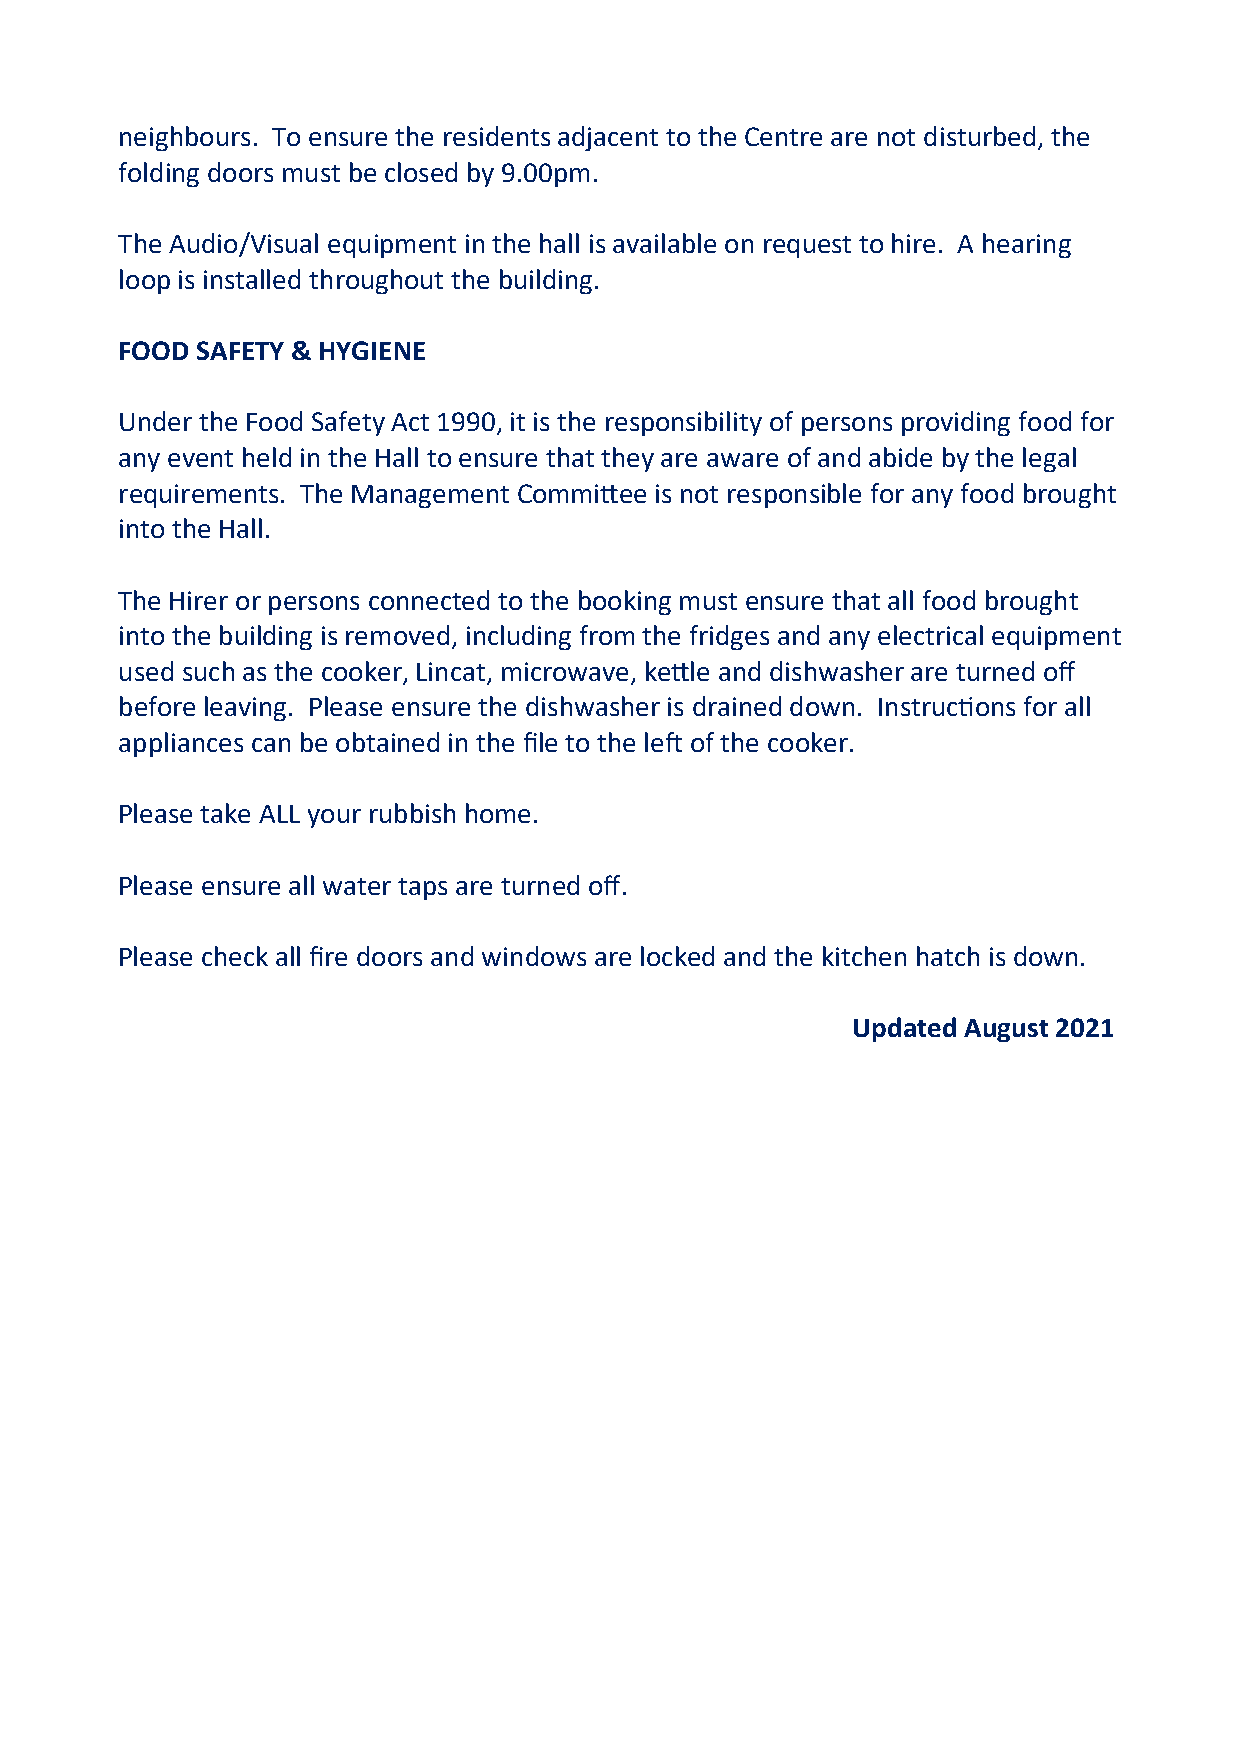
neighbours. To ensure the residents adjacent to the Centre are not disturbed, the
 folding doors must be closed by 9.00pm.
 The Audio/Visual equipment in the hall is available on request to hire. A hearing
 loop is installed throughout the building.
 FOOD SAFETY & HYGIENE
 Under the Food Safety Act 1990, it is the responsibility of persons providing food for
 any event held in the Hall to ensure that they are aware of and abide by the legal
 requirements. The Management Committee is not responsible for any food brought
 into the Hall.
 The Hirer or persons connected to the booking must ensure that all food brought
 into the building is removed, including from the fridges and any electrical equipment
 used such as the cooker, Lincat, microwave, kettle and dishwasher are turned off
 before leaving. Please ensure the dishwasher is drained down. Instructions for all
 appliances can be obtained in the file to the left of the cooker.
 Please take ALL your rubbish home.
 Please ensure all water taps are turned off.
 Please check all fire doors and windows are locked and the kitchen hatch is down.
 Updated August 2021